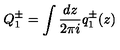
Q _ { 1 } ^ { \pm } = \int { \frac { d z } { 2 \pi i } } q _ { 1 } ^ { \pm } ( z )